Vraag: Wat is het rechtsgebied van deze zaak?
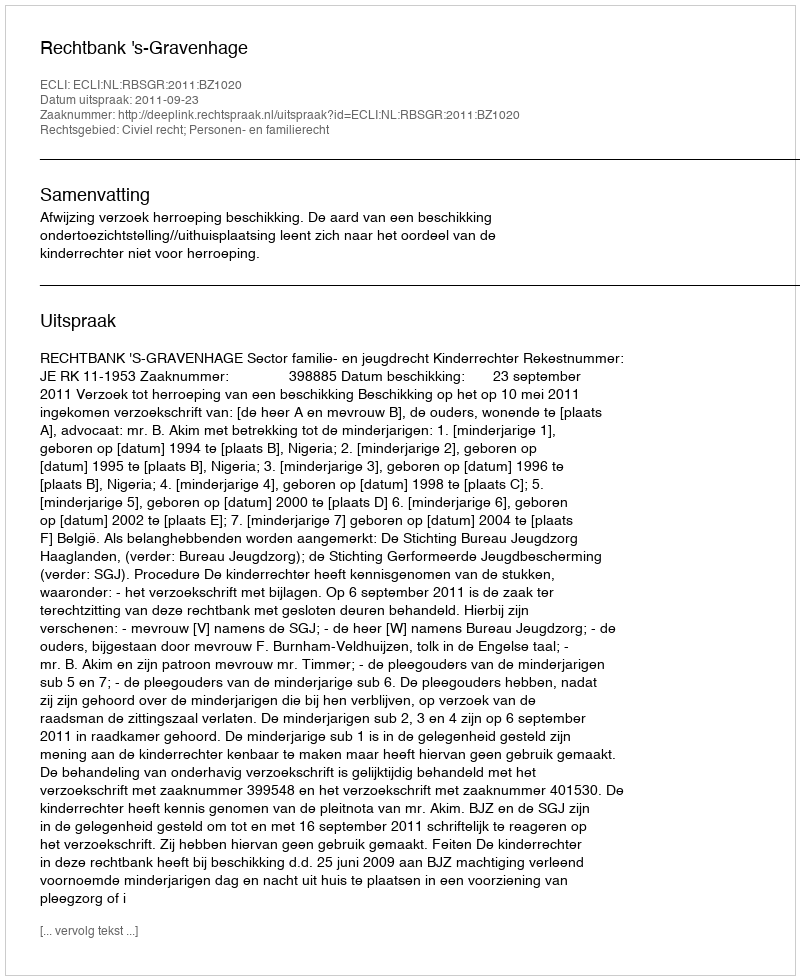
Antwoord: Civiel recht; Personen- en familierecht